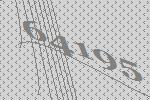
64195